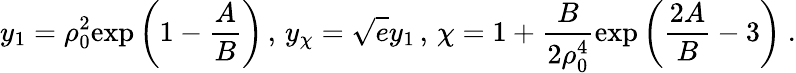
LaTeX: y_{1}=\rho_{0}^{2}\mathrm{exp}\left(1-{\frac{A}{B}}\right)\, ,\, y_{\chi}=\sqrt{e}y_{1}\, ,\, \chi=1+{\frac{B}{2\rho_{0}^{4}}}\mathrm{exp}\left({\frac{2A}{B}}-3\right)~.